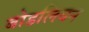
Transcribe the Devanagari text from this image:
बोडलियन